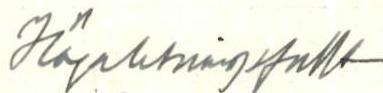
Högaktningsfullt